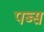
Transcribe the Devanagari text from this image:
पब्स